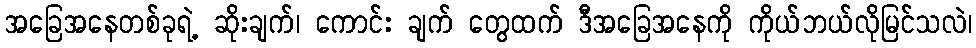
အခြေအနေတစ်ခုရဲ့ ဆိုးချက်၊ ကောင်း ချက် တွေထက် ဒီအခြေအနေကို ကိုယ်ဘယ်လိုမြင်သလဲ၊